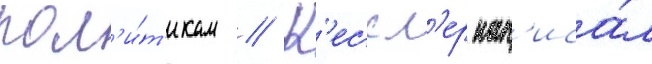
пол'и́т'икам // К'ессл'ер нап'иса́л